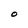
Character: O